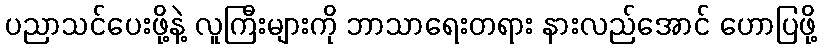
ပညာသင်ပေးဖို့နဲ့ လူကြီးများကို ဘာသာရေးတရား နားလည်အောင် ဟောပြဖို့